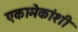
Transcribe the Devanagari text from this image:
एकामेकांशी